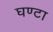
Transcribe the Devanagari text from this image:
घण्‍टा